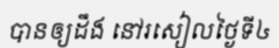
បានឲ្យដឹង នៅរសៀលថ្ងៃទី៤